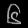
Digit: ၆